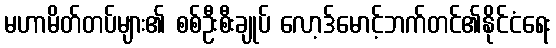
မဟာမိတ်တပ်များ၏ စစ်ဦးစီးချုပ် လော့ဒ်မောင့်ဘက်တင်၏နိုင်ငံရေး